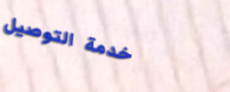
خدمة التوصيل